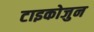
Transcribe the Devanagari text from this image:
टाइकोजुन